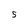
Character: 5